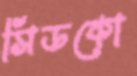
সিডকো